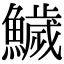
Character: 鱥